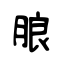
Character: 朖